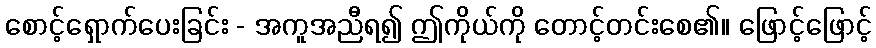
စောင့်ရှောက်ပေးခြင်း - အကူအညီရ၍ ဤကိုယ်ကို တောင့်တင်းစေ၏။ ဖြောင့်ဖြောင့်